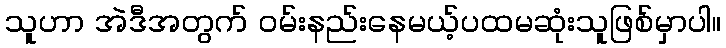
သူဟာ အဲဒီအတွက် ဝမ်းနည်းနေမယ့်ပထမဆုံးသူဖြစ်မှာပါ။